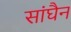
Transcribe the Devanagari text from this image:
सांघैन